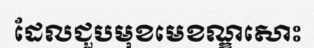
ដែលជួបមុខមេខណ្ឌសោះ